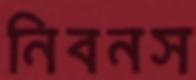
নিবনস